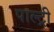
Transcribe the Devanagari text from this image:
पाल्ट्री